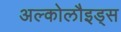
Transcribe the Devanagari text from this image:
अल्कोलौइड्स